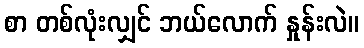
စာ တစ်လုံးလျှင် ဘယ်လောက် နှုန်းလဲ။